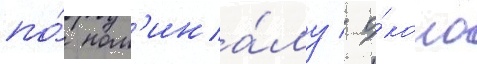
по́ ном'ина́лу / о́коло